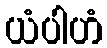
ယံပါဟံ